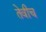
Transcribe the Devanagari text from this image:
तेवीच